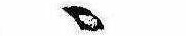
ゝ